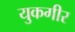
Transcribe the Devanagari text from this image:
युकगीर